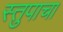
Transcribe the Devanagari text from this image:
स्तुपाचा